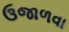
ઉજાળવા